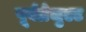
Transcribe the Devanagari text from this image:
पूर्वग्रेजुएट